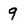
Character: 9